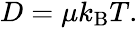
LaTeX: \begin{array}{r}{D=\mu k_{\mathrm{B}}T.}\end{array}